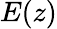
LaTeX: E(z)